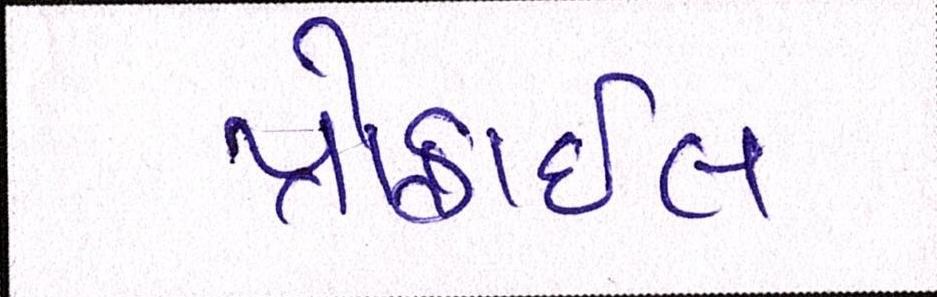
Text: પ્રોફાઇલ